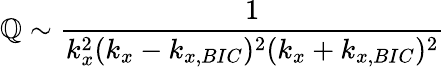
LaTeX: \mathbb{Q}\sim\frac{{1}}{{k_{x}^{2}(k_{x}-k_{x,BIC})^{2}(k_{x}+k_{x,BIC})^{2}}}